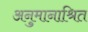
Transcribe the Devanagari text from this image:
अनुमानाश्रित